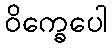
ဝိက္ခေပေါ